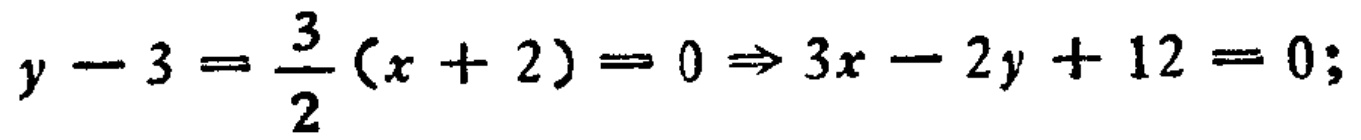
$y - 3 = \frac{3}{2}(x + 2)= 0\Rightarrow 3x - 2y + 12 = 0;$